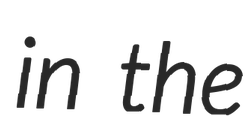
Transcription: in the